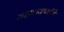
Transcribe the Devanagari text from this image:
महालक्ष्मींचे